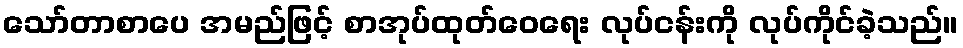
သော်တာစာပေ အမည်ဖြင့် စာအုပ်ထုတ်ဝေရေး လုပ်ငန်းကို လုပ်ကိုင်ခဲ့သည်။